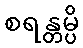
စရန္တမ္ပိ